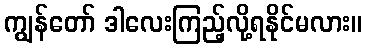
ကျွန်တော် ဒါလေးကြည့်လို့ရနိုင်မလား။